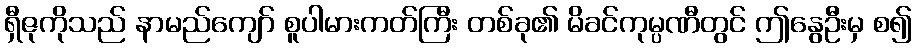
ရှီဇုကိုသည် နာမည်ကျော် စူပါမားကတ်ကြီး တစ်ခု၏ မိခင်ကုမ္ပဏီတွင် ဤနွေဦးမှ စ၍